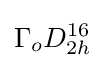
\Gamma _{o}D_{2h}^{16}